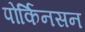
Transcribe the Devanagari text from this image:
पोर्किनसन